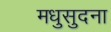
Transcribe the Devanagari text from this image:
मधुसुदना